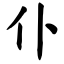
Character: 仆